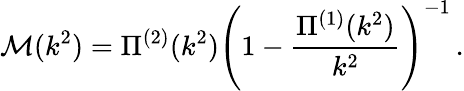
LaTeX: \mathcal{M}(k^{2})=\Pi^{(2)}(k^{2})\left(1-\frac{\Pi^{(1)}(k^{2})}{k^{2}}\right)^{-1}\, .